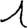
Digit: 1